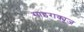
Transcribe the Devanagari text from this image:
साइराक्यूज